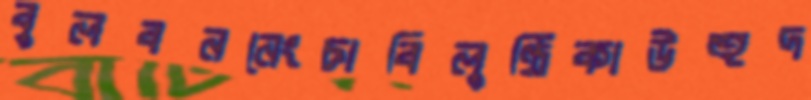
বুলবননেংচাবিলুণ্ঠিকাউহুদ